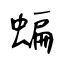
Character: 蝙